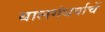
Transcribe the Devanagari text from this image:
बालगंधर्वाचें